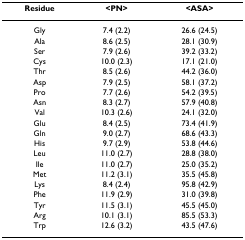
<table><thead><tr><td><b>Residue</b></td><td><b>&lt;PN&gt;</b></td><td><b>&lt;ASA&gt;</b></td></tr></thead><tbody><tr><td>Gly</td><td>7.4 (2.2)</td><td>26.6 (24.5)</td></tr><tr><td>Ala</td><td>8.6 (2.5)</td><td>28.1 (30.9)</td></tr><tr><td>Ser</td><td>7.9 (2.6)</td><td>39.2 (33.2)</td></tr><tr><td>Cys</td><td>10.0 (2.3)</td><td>17.1 (21.0)</td></tr><tr><td>Thr</td><td>8.5 (2.6)</td><td>44.2 (36.0)</td></tr><tr><td>Asp</td><td>7.9 (2.5)</td><td>58.1 (37.2)</td></tr><tr><td>Pro</td><td>7.7 (2.6)</td><td>54.2 (39.5)</td></tr><tr><td>Asn</td><td>8.3 (2.7)</td><td>57.9 (40.8)</td></tr><tr><td>Val</td><td>10.3 (2.6)</td><td>24.1 (32.0)</td></tr><tr><td>Glu</td><td>8.4 (2.5)</td><td>73.4 (41.9)</td></tr><tr><td>Gln</td><td>9.0 (2.7)</td><td>68.6 (43.3)</td></tr><tr><td>His</td><td>9.7 (2.9)</td><td>53.8 (44.6)</td></tr><tr><td>Leu</td><td>11.0 (2.7)</td><td>28.8 (38.0)</td></tr><tr><td>Ile</td><td>11.0 (2.7)</td><td>25.0 (35.2)</td></tr><tr><td>Met</td><td>11.2 (3.1)</td><td>35.5 (45.8)</td></tr><tr><td>Lys</td><td>8.4 (2.4)</td><td>95.8 (42.9)</td></tr><tr><td>Phe</td><td>11.9 (2.9)</td><td>31.0 (39.8)</td></tr><tr><td>Tyr</td><td>11.5 (3.1)</td><td>45.5 (45.0)</td></tr><tr><td>Arg</td><td>10.1 (3.1)</td><td>85.5 (53.3)</td></tr><tr><td>Trp</td><td>12.6 (3.2)</td><td>43.5 (47.6)</td></tr></tbody></table>